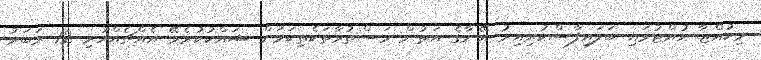
މިކުއްޖާ ހުއްޓުވައި ބަލައިފާސްކުރިއިރު އޭނާގެ އަތުން މަސްތުވާތަކެތިކަމަށް ޝައްކުކުރެވޭ އެއްޗެއްހުރި 12 ރަބަރު